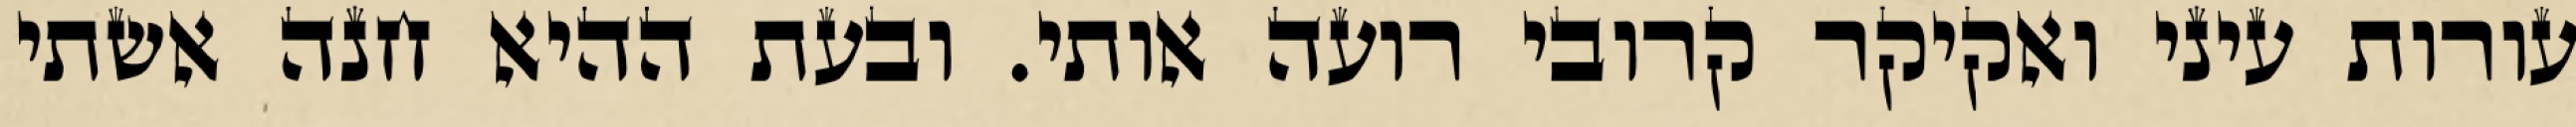
עורות עיני ואקיקר קרובי רועה אותי. ובעת ההיא חנה אשתי